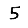
Digit: 5